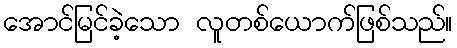
အောင်မြင်ခဲ့သော လူတစ်ယောက်ဖြစ်သည်။